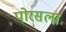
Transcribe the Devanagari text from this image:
पोरसला